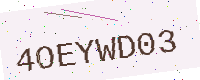
Text: 4OEYWD03